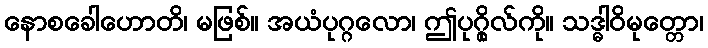
နောစခေါဟောတိ၊ မဖြစ်။ အယံပုဂ္ဂလော၊ ဤပုဂ္ဂိုလ်ကို။ သဒ္ဓါဝိမုတ္တော၊